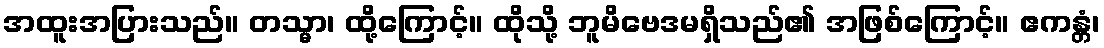
အထူးအပြားသည်။ တသ္မာ၊ ထို့ကြောင့်။ ထိုသို့ ဘူမိဗေဒမရှိသည်၏ အဖြစ်ကြောင့်။ ဧကန္တံ၊